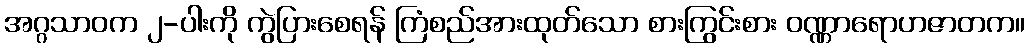
အဂ္ဂသာဝက ၂-ပါးကို ကွဲပြားစေရန် ကြံစည်အားထုတ်သော စားကြွင်းစား ဝဏ္ဏာရောဟဇာတက။